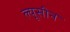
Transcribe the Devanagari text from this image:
ल्यूसीन